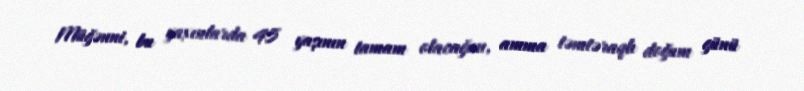
Müğənni, bu yaxınlarda 45 yaşının tamam olacağını, amma təmtəraqlı doğum günü